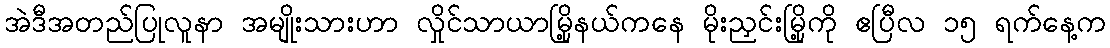
အဲဒီအတည်ပြုလူနာ အမျိုးသားဟာ လှိုင်သာယာမြို့နယ်ကနေ မိုးညှင်းမြို့ကို ဧပြီလ ၁၅ ရက်နေ့က